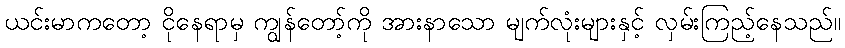
ယင်းမာကတော့ ငိုနေရာမှ ကျွန်တော့်ကို အားနာသော မျက်လုံးများနှင့် လှမ်းကြည့်နေသည်။